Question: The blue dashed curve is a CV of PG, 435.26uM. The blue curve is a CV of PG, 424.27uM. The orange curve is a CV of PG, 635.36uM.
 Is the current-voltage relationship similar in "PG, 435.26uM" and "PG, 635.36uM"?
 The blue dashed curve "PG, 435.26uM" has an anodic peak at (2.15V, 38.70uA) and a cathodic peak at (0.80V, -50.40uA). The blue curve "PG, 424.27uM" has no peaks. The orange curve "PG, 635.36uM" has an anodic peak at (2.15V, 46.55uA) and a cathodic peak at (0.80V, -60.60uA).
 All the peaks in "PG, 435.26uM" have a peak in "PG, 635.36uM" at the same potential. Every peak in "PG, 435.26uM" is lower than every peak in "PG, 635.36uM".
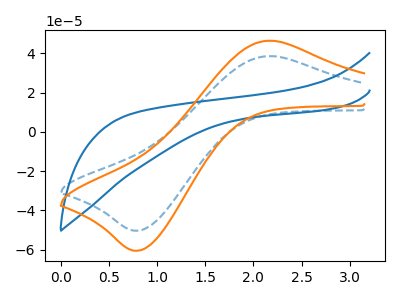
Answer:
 <answer>"PG, 435.26uM" and "PG, 635.36uM" are similar in shape.</answer>
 <eval>same_shape</eval>